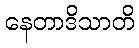
နေတာဒိသာတိ